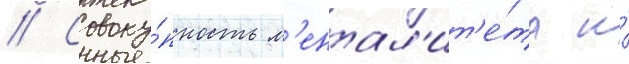
// Совоку́пность м'ентал'ит'е́та и́